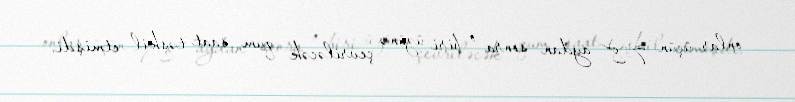
onlar üçün 7-8 aydan sonra o biri üzünə çevriləcək qum saat təşkil etmişdi.